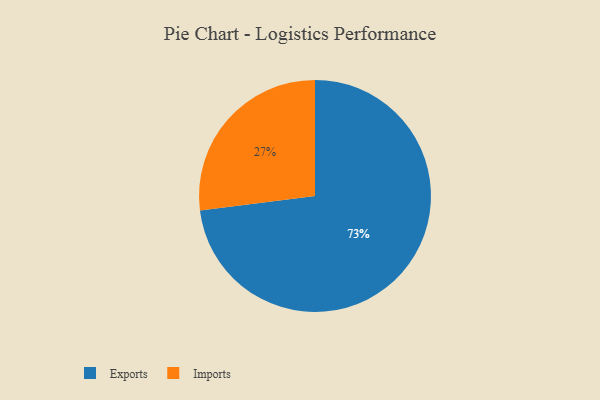
{"axis": {"x": "Category", "y": "Percentage"}, "legend": ["Exports", "Imports"], "data": [{"x": "Exports", "y": 73, "type": "Exports"}, {"x": "Imports", "y": 27, "type": "Imports"}]}